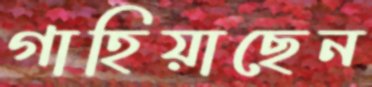
গাহিয়াছেন